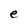
Character: e